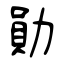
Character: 勛